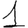
Digit: 1